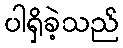
ပါရှိခဲ့သည်